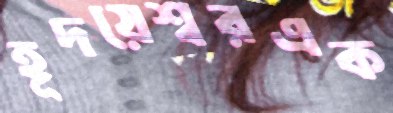
হূদয়েশ্বরএক